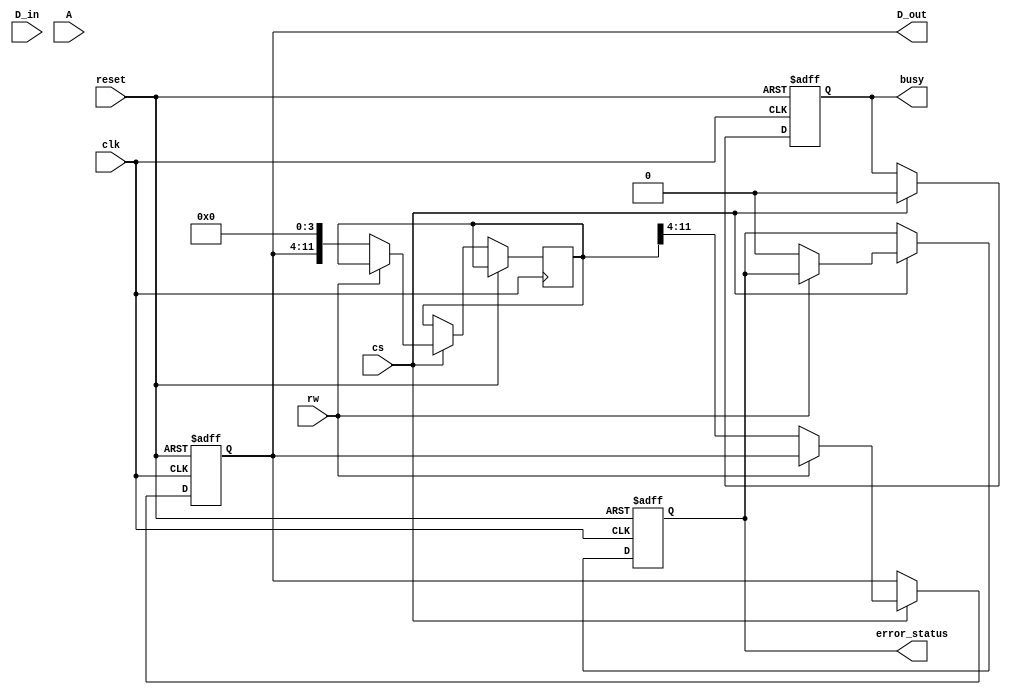
module ecc_dram_io_block (
    input wire clk,                // System clock
    input wire reset,              // Reset signal
    input wire cs,                 // Chip Select
    input wire rw,                 // Read/Write control (1 for write, 0 for read)
    input wire [7:0] D_in,         // Input data lines (8 bits)
    output reg [7:0] D_out,        // Output data lines (8 bits)
    input wire [3:0] A,            // Address lines (4 bits)
    output reg busy,               // Busy signal
    output reg error_status        // Error status signal
);

    reg [11:0] data_buffer;        // Buffer for data + ECC (8 data + 4 ECC)
    reg [11:0] output_buffer;      // Buffer for output data + ECC
    reg error_detected;            // Flag for error detection

    // ECC encoding function (Hamming code example)
    function [11:0] ecc_encode(input [7:0] data);
        // Example ECC encoding logic (Hamming code)
        // This is a placeholder for actual ECC encoding logic
        ecc_encode = {data, 1'b0, 1'b0, 1'b0}; // Placeholder for ECC bits
    endfunction

    // ECC decoding function
    function [7:0] ecc_decode(input [11:0] data_with_ecc, output reg error);
        // Example ECC decoding logic
        // This is a placeholder for actual ECC decoding logic
        error = 0; // Placeholder for error detection
        ecc_decode = data_with_ecc[11:4]; // Return original data
    endfunction

    // Main I/O block logic
    always @(posedge clk or posedge reset) begin
        if (reset) begin
            busy <= 0;
            D_out <= 0;
            error_status <= 0;
        end else if (cs) begin
            busy <= 1;
            if (rw) begin // Write operation
                data_buffer <= ecc_encode(D_in); // Encode data with ECC
                // Here you would normally write to memory (not shown)
                // Memory write operation using address A
            end else begin // Read operation
                // Here you would normally read from memory (not shown)
                output_buffer <= {D_out, 4'b0000}; // Placeholder for reading data + ECC
                D_out <= ecc_decode(output_buffer, error_detected); // Decode data
                error_status <= error_detected; // Set error status
            end
            busy <= 0;
        end
    end

endmodule